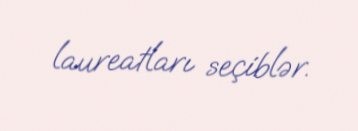
laureatları seçiblər.